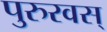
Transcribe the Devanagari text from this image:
पुरुरवस्‌